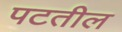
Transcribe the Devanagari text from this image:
पटतील